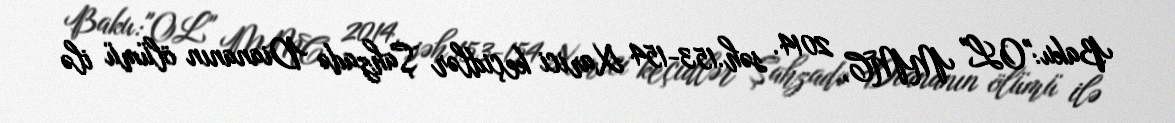
Baku:"OL" MMC, 2014. səh.153-154 Xarici keçidlər Şahzadə Diananın ölümü ilə